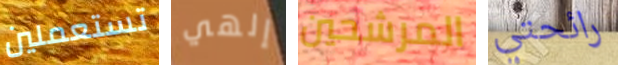
تستعملين إلهي المرشحين رائحتي